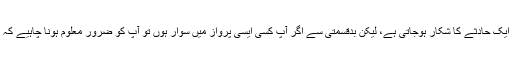
ایک اندازے کے مطابق ہر 12لاکھ پروازوں میں سے ایک حادثے کا شکار ہوجاتی ہے، لیکن بدقسمتی سے اگر آپ کسی ایسی پرواز میں سوار ہوں تو آپ کو ضرور معلوم ہونا چاہیے کہ ایسی صورتحال میں جان بچانے کے لئے کیا کرنا ہے۔